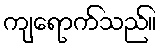
ကျရောက်သည်။